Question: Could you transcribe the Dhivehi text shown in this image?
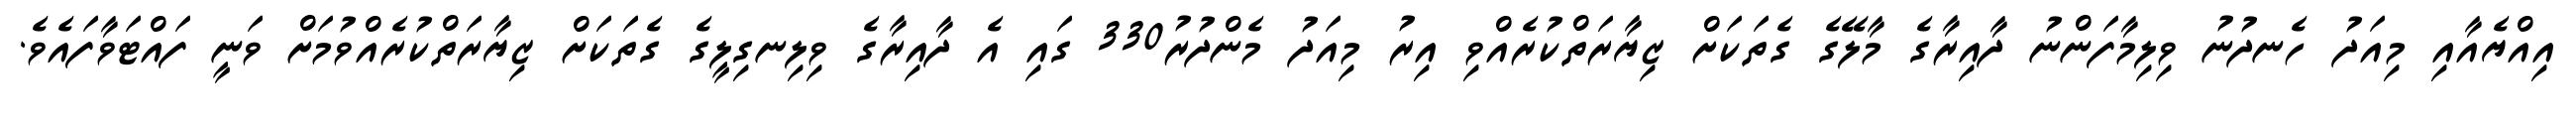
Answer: އިއްޔެއާއި މިއަދު ހެނދުނު ވިލިމާފަންނު ދާއިރާގެ މާލޭގެ ގެތަކަށް ޒިޔާރަތްކުރެއްވި އިރު މިއަދު މެންދުރު330 ގައި އެ ދާއިރާގެ ވިލިނގިލީގެ ގެތަކަށް ޒިޔާރަތްކުރެއްވުމަށް ވަނީ ފައްޓަވާފައެވެ.